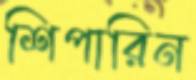
শিপারিন